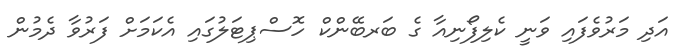
އަދި މަރުވެފައި ވަނީ ކެލިފޯނިއާ ގެ ބަރބޭންކް ހޮސްޕިޓަލުގައި އެކަމަށް ފަރުވާ ދެމުން